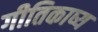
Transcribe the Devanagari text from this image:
गीतिकाष्य